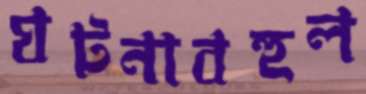
ঘটনাবহুল